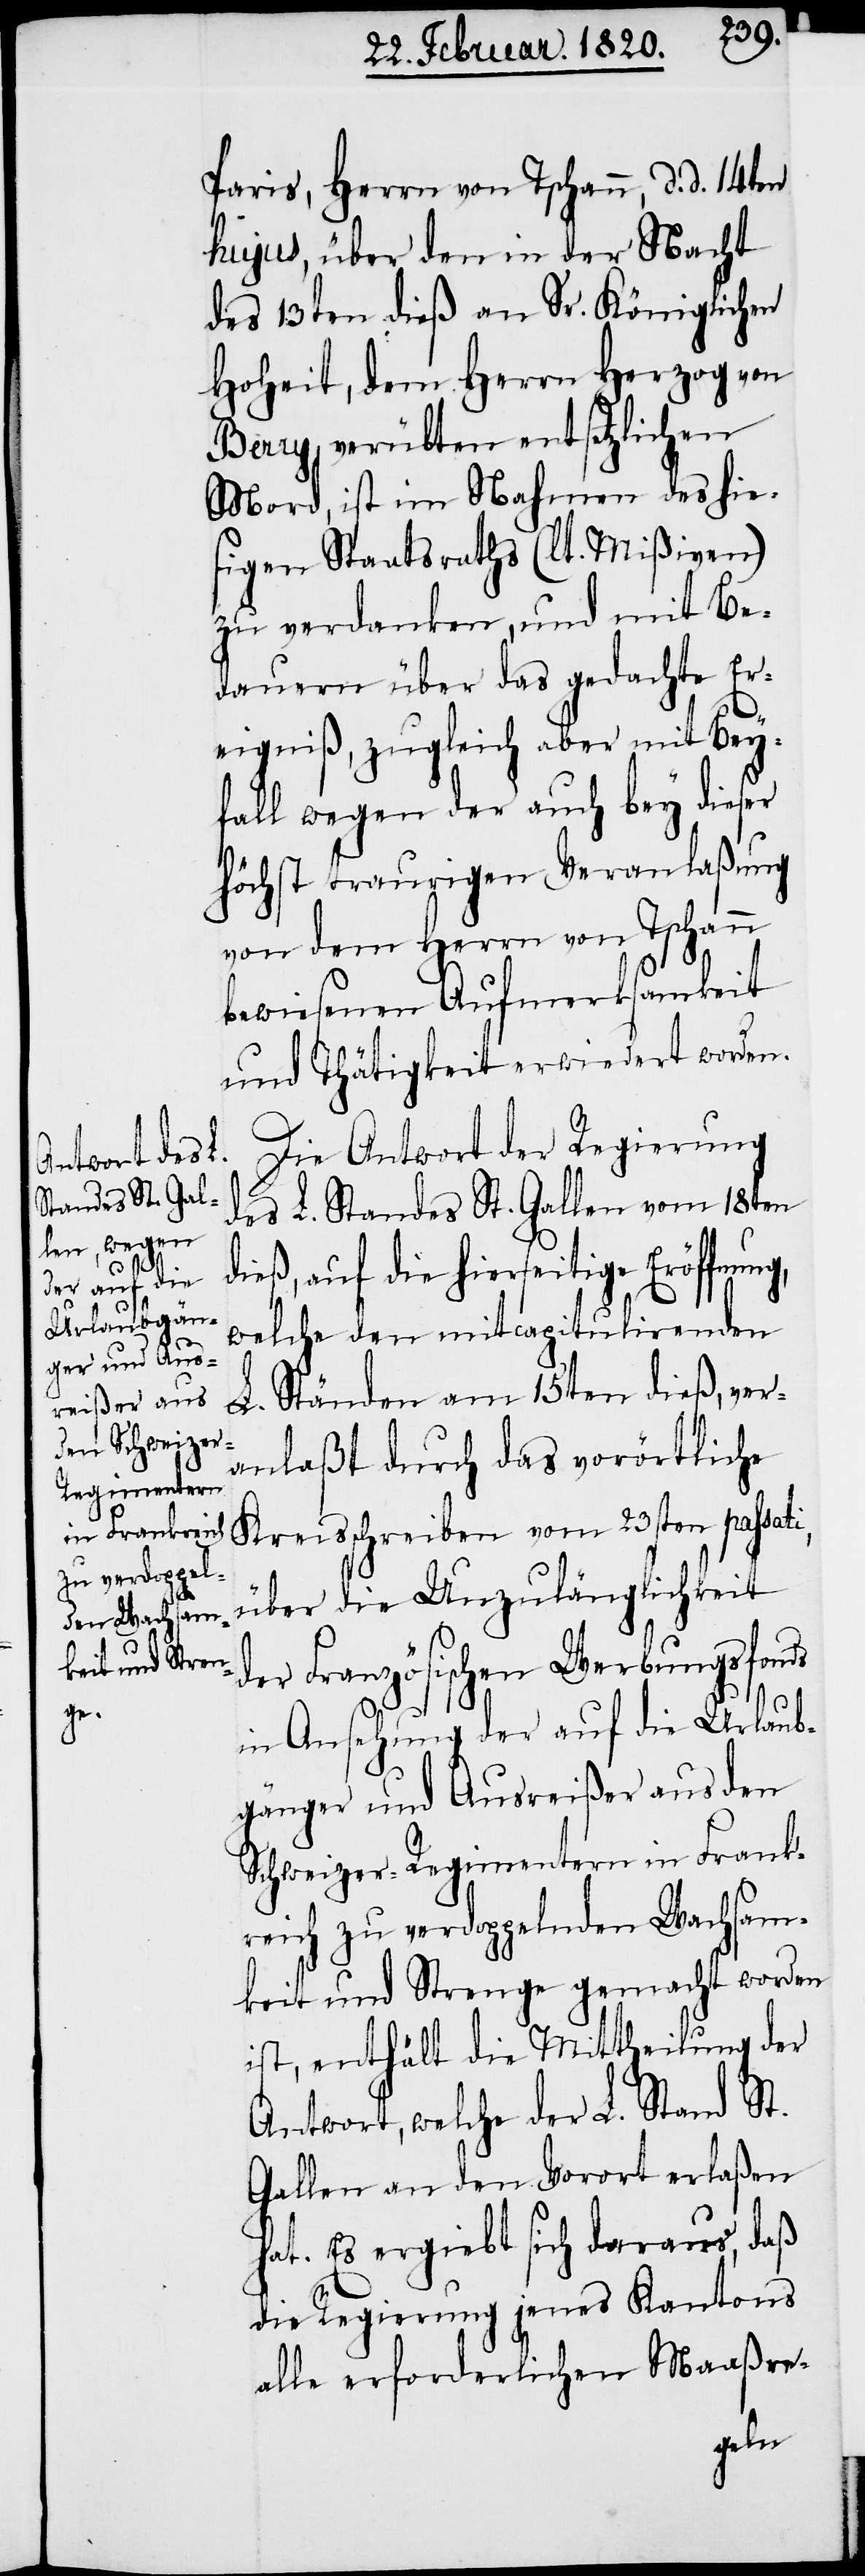
Paris, Herrn von Tschann, d. d. 14ten
hujus, über den in der Nacht
des 13ten dieß an Sr. Königlichen
Hoheit, dem Herrn Herzog von
Berry, verübten entsetzlichen
Mord, ist im Nahmen des hie¬
sigen Staatsraths (lt. Mißiven)
zu verdanken, und mit Be¬
dauern über das gedachte Er¬
eigniß, zugleich aber mit Bey¬
fall wegen der auch bey dieser
höchst traurigen Veranlaßung
von dem Herrn von Tschann
bewiesenen Aufmerksamkeit
und Thätigkeit erwiedert worden.
Die Antwort der Regierung
des L. Standes St. Gallen vom 18ten
dieß, auf die hierseitige Eröffnung,
welche den mit capitulirenden
L. Ständen am 15ten dieß, ver¬
anlaßt durch das vorörtliche
Kreisschreiben vom 23sten passati,
über die Unzulänglichkeit
der Französischen Werbungsfonds
in Ansehung der auf die Urlaub¬
gänger und Ausreißer aus den
Schweizer-Regimentern in Frank¬
reich zu verdoppelnden Wachsam¬
keit und Strenge gemacht worden
ist, enthält die Mittheilung der
Antwort, welche der L. Stand St.
Gallen an den Vorort erlaßen
hat. Es ergiebt sich daraus, daß
die Regierung jenes Kantons
alle erforderlichen Maaßre-